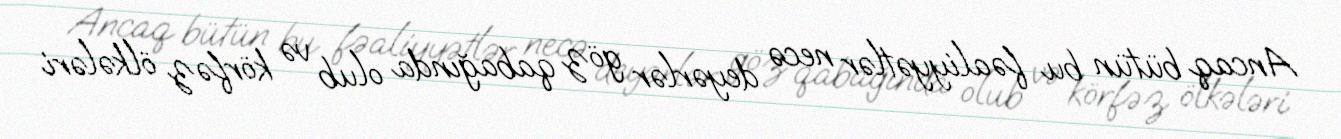
Ancaq bütün bu fəaliyyətlər necə deyərlər göz qabağında olub və körfəz ölkələri